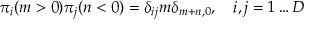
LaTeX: \pi _ { i } ( m > 0 ) \pi _ { j } ( n < 0 ) = \delta _ { i j } m \delta _ { m + n , 0 } , \quad i , j = 1 \dots D